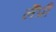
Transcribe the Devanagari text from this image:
लैंप्री